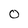
Character: 0